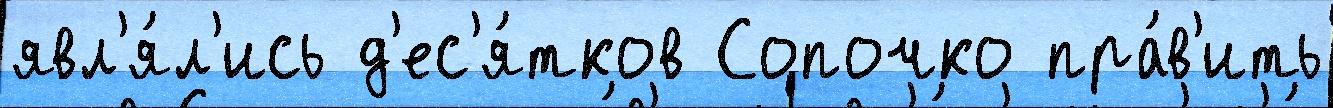
явл'я́л'ись д'ес'я́тков Сопочко пра́в'ить